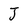
Character: J